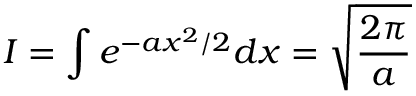
I = \int e ^ { - a x ^ { 2 } / 2 } d x = { \sqrt { \frac { 2 \pi } { a } } }